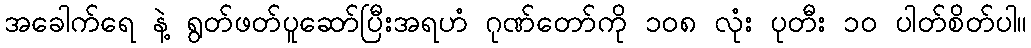
အခေါက်ရေ နဲ့ ရွတ်ဖတ်ပူဆော်ပြီးအရဟံ ဂုဏ်တော်ကို ၁၀၈ လုံး ပုတီး ၁၀ ပါတ်စိတ်ပါ။